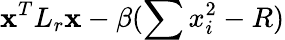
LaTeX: \textbf{x}^{T}L_{r}\textbf{x}-\beta(\sum x_{i}^{2}-R)